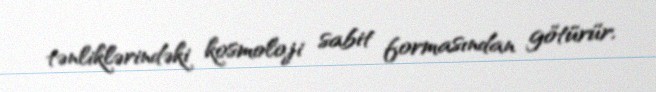
tənliklərindəki kosmoloji sabit formasından götürür.